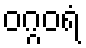
ဝဂ္ဂဝရံ